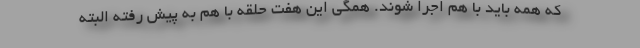
که همه باید با هم اجرا شوند. همگی این هفت حلقه با هم به پیش رفته البته